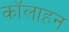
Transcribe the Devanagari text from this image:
कॉलाहन